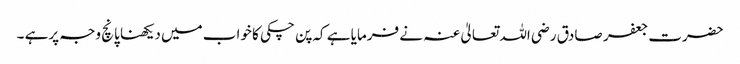
حضرت جعفر صادق رضی اللہ تعالیٰ عنہ نے فرمایا ہے کہ پن چکی کا خواب میں دیکھنا پانچ وجہ پرہے ۔